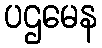
ပဌမေန